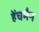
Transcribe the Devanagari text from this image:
हेंचमैन